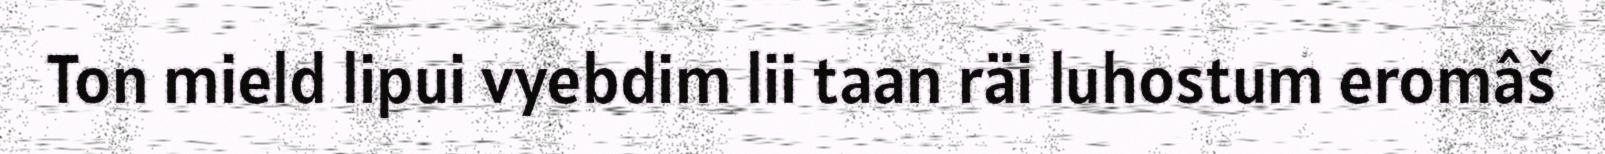
Ton mield lipui vyebdim lii taan räi luhostum eromâš